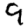
Digit: 9